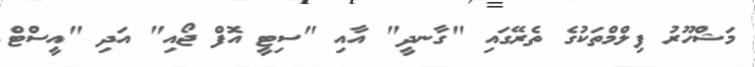
މަޝްހޫރު ފިލްމްތަކުގެ ތެރޭގައި "ގާނދީ" އާއި "ސިޓީ އޮފް ޖޯއި" އަދި "އީސްޓް